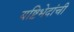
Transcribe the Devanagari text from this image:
यष्टिभेदांची